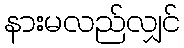
နားမလည်လျှင်